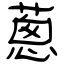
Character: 蔥